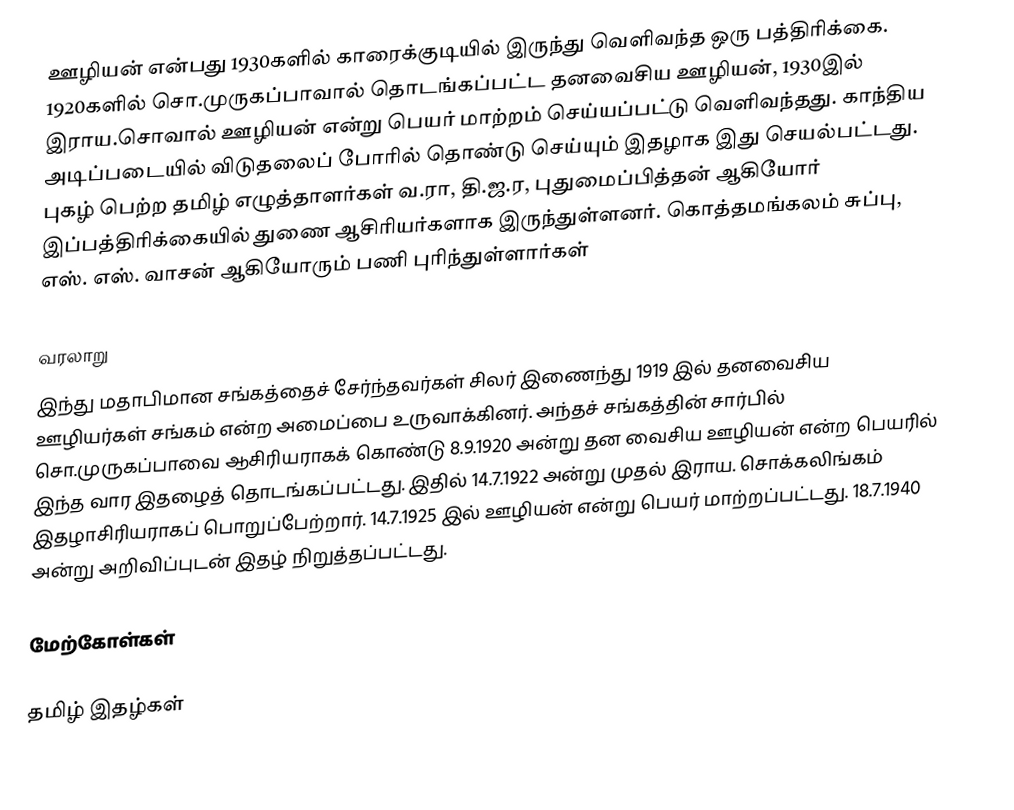
ஊழியன் என்பது 1930களில் காரைக்குடியில் இருந்து வெளிவந்த ஒரு பத்திரிக்கை. 1920களில் சொ.முருகப்பாவால் தொடங்கப்பட்ட தனவைசிய ஊழியன், 1930இல் இராய.சொவால் ஊழியன் என்று பெயர் மாற்றம் செய்யப்பட்டு வெளிவந்தது. காந்திய அடிப்படையில் விடுதலைப் போரில் தொண்டு செய்யும் இதழாக இது செயல்பட்டது. புகழ் பெற்ற தமிழ் எழுத்தாளர்கள் வ.ரா, தி.ஜ.ர, புதுமைப்பித்தன் ஆகியோர் இப்பத்திரிக்கையில் துணை ஆசிரியர்களாக இருந்துள்ளனர். கொத்தமங்கலம் சுப்பு, எஸ். எஸ். வாசன் ஆகியோரும் பணி புரிந்துள்ளார்கள்

வரலாறு
இந்து மதாபிமான சங்கத்தைச் சேர்ந்தவர்கள் சிலர் இணைந்து 1919 இல் தனவைசிய ஊழியர்கள் சங்கம் என்ற அமைப்பை உருவாக்கினர். அந்தச் சங்கத்தின் சார்பில் சொ.முருகப்பாவை ஆசிரியராகக் கொண்டு 8.9.1920 அன்று தன வைசிய ஊழியன் என்ற பெயரில் இந்த வார இதழைத் தொடங்கப்பட்டது. இதில் 14.7.1922 அன்று முதல் இராய. சொக்கலிங்கம் இதழாசிரியராகப் பொறுப்பேற்றார். 14.7.1925 இல் ஊழியன் என்று பெயர் மாற்றப்பட்டது. 18.7.1940 அன்று அறிவிப்புடன் இதழ் நிறுத்தப்பட்டது.

மேற்கோள்கள்

தமிழ் இதழ்கள்